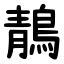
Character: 鶄